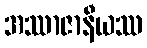
အဿာဇာနီယဿ